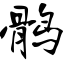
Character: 鹘